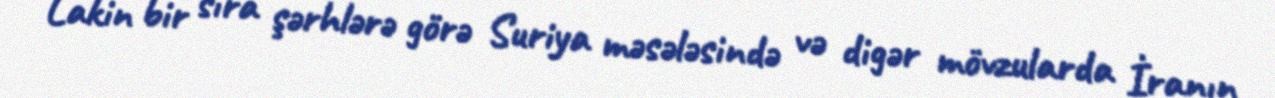
Lakin bir sıra şərhlərə görə Suriya məsələsində və digər mövzularda İranın